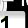
Digit: 1